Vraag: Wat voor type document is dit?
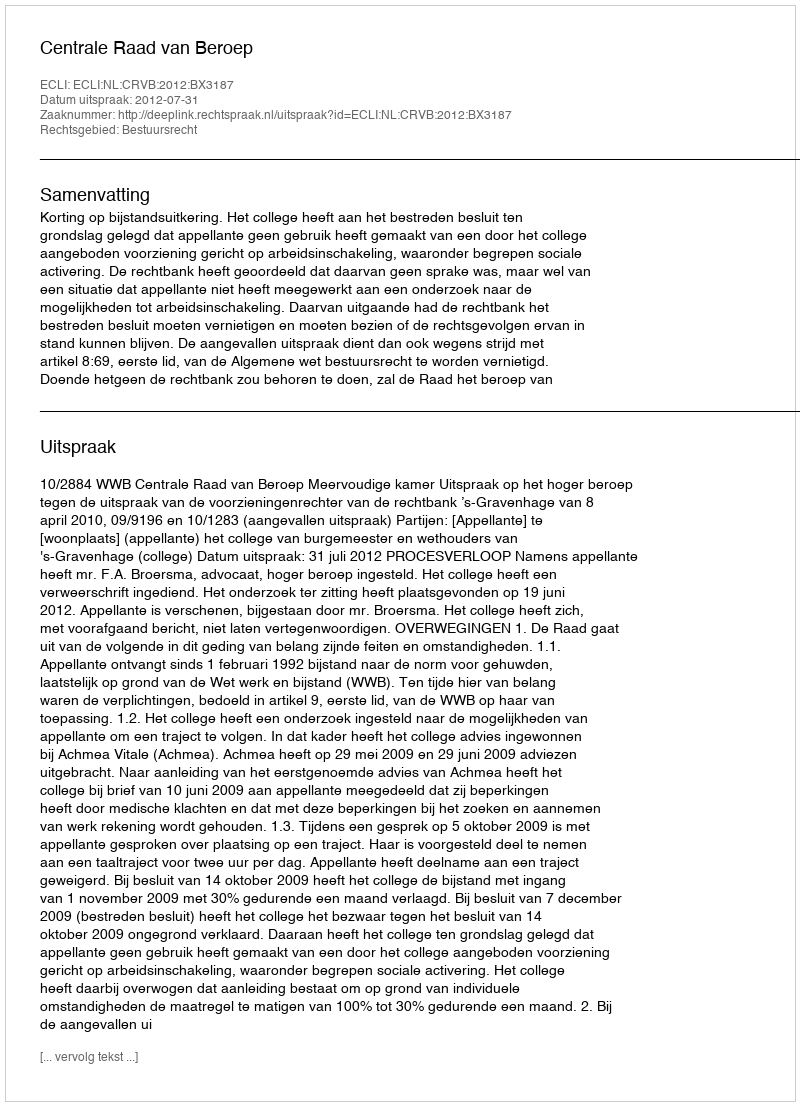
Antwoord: Uitspraak